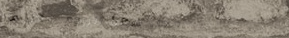
محل هدايا الزووم   كل ما